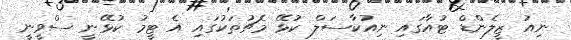
ނިއު ޒީލެންޑް ޓުއާގައި ނިއުކާސަލް ކުޅޭ މެޗުތަކުގައި އެ ޓީމު ކުޅޭނީ ސްވީނީ